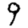
Digit: 9